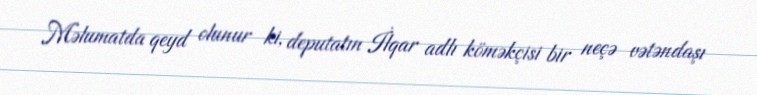
Məlumatda qeyd olunur ki, deputatın İlqar adlı köməkçisi bir neçə vətəndaşı